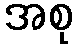
အစု